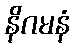
နိဂမနံ